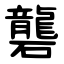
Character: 礱